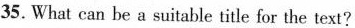
35.What can be a suitable title for the text?